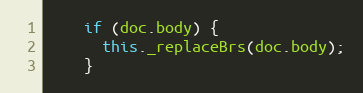
Language: JavaScript
    if (doc.body) {
      this._replaceBrs(doc.body);
    }